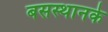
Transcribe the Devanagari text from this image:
बसस्थानके